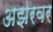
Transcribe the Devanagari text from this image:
अझरवर